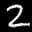
Label: 2